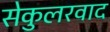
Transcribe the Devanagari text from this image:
सेकुलरवाद